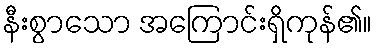
နီးစွာသော အကြောင်းရှိကုန်၏။